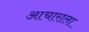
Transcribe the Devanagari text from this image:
आचाराला